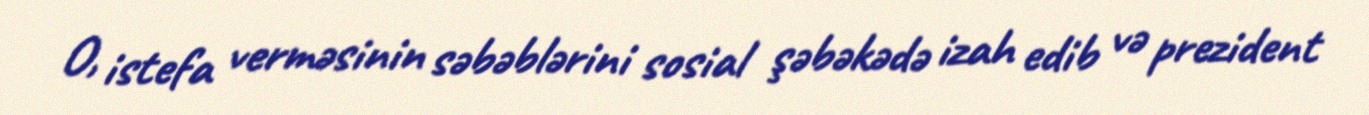
O, istefa verməsinin səbəblərini sosial şəbəkədə izah edib və prezident